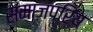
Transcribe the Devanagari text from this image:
समाजप्रिय